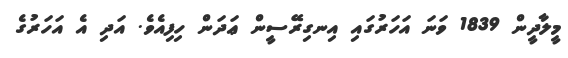
މީލާދީން 1839 ވަނަ އަހަރުގައި އިނގިރޭސީން ޢަދަން ހިފިއެވެ. އަދި އެ އަހަރުގެ